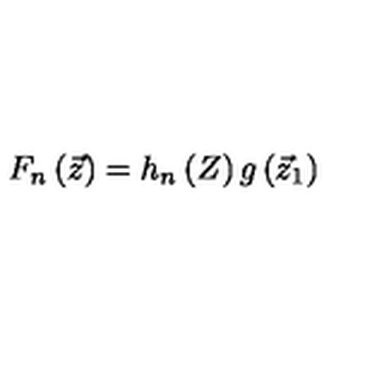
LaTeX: F _ { n } \left( { \vec { z } } \right) = h _ { n } \left( Z \right) g \left( { \vec { z } } _ { 1 } \right)